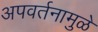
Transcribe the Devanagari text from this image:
अपवर्तनामुळे